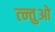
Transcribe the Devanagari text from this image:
त्न्तुओ